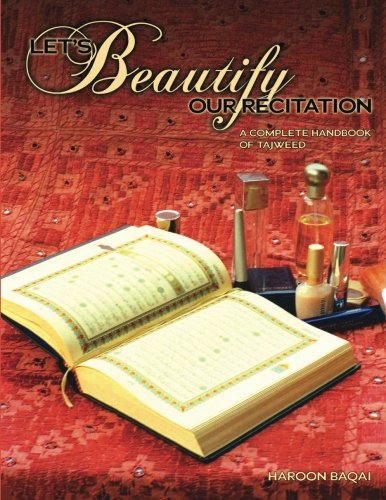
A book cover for Let's Beautify Our Recitation: A Complete Handbook of Tajweed; Haroon Baqai; Religion & Spirituality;